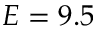
E = 9 . 5